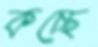
কচ্ছে